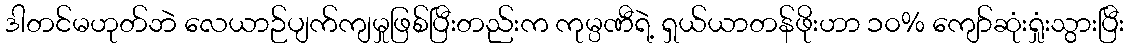
ဒါတင်မဟုတ်ဘဲ လေယာဉ်ပျက်ကျမှုဖြစ်ပြီးတည်းက ကုမ္ပဏီရဲ့ ရှယ်ယာတန်ဖိုးဟာ ၁၀% ကျော်ဆုံးရှုံးသွားပြီး